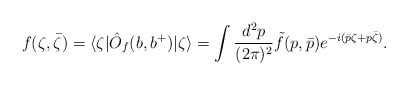
\begin{align*}f (\zeta,{\bar \zeta} )= \langle \zeta| \hat{O}_f(b,b^+ )| \zeta \rangle =\int { d^2p \over (2\pi)^2}\tilde{f}(p, {\bar p } ) e^{-i( \bar p \zeta + p \bar \zeta) } .\end{align*}